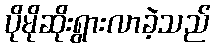
ပိုမိုဆိုးရွားလာခဲ့သည်